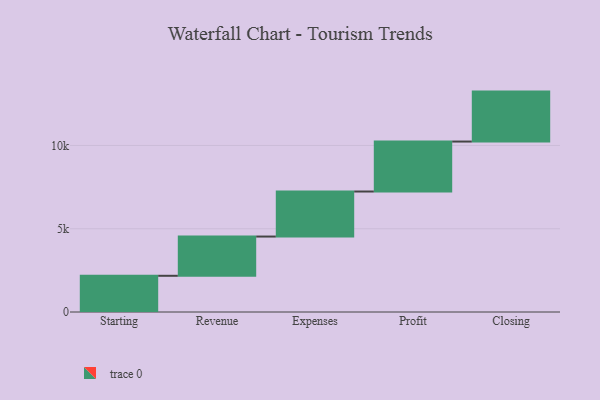
{"axis": {"x": "Step", "y": "Value"}, "legend": [""], "data": [{"x": "Starting", "y": 2174.0, "type": ""}, {"x": "Revenue", "y": 2357.0, "type": ""}, {"x": "Expenses", "y": 2705.0, "type": ""}, {"x": "Profit", "y": 3000, "type": ""}, {"x": "Closing", "y": 3000, "type": ""}]}